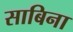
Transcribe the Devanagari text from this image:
साबिना